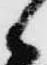
候